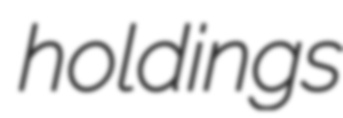
holdings